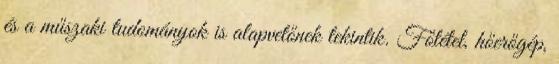
és a műszaki tudományok is alapvetőnek tekintik. Főtétel, hőerőgép,